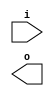
module ibuf ((* iopad_external_pin *) input i, output o); endmodule
module obuf (input i, (* iopad_external_pin *) output o); endmodule
module obuft (input i, input oe, (* iopad_external_pin *) output o); endmodule
module iobuf (input i, input oe, output o, (* iopad_external_pin *) inout io); endmodule

module buf_inside (input i, output o);
obuf b (.i(i), .o(o));
endmodule

module a(input i, output o);
assign o = i;
endmodule

module b(input i, output o);
ibuf b (.i(i), .o(o));
endmodule

module c(input i, output o);
obuf b (.i(i), .o(o));
endmodule

module d(input i, oe, output o, o2, o3);
assign o = oe ? i : 1'bz;
assign o2 = o;
assign o3 = ~o;
endmodule

module e(input i, oe, inout io, output o2, o3);
assign io = oe ? i : 1'bz;
assign o2 = io;
assign o3 = ~io;
endmodule

module f(output o, o2);
assign o = 1'bz;
endmodule

module g(inout io, output o);
assign o = io;
endmodule

module h(inout io, output o, input i);
assign io = i;
assign o = io;
endmodule

module i(input i, output o);
buf_inside b (.i(i), .o(o));
endmodule

module j(input i, output o);
wire tmp;
obuf b (.i(i), .o(tmp));
assign o = tmp;
endmodule

module k(inout o, o2);
assign o = 1'bz;
endmodule